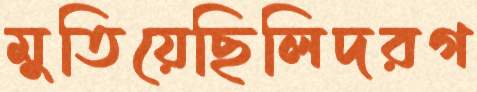
মুতিয়েছিলিদরগ